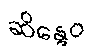
ဆိန္ဒေဝ